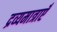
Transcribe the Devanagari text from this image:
द्रव्यमात्राएँ